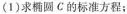
(1)求椭圆C的标准方程；